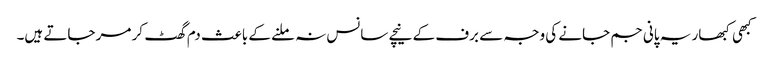
کبھی کبھار یہ پانی جم جانے کی وجہ سے برف کے نیچے سانس نہ ملنے کے باعث دم گھٹ کر مر جاتے ہیں۔